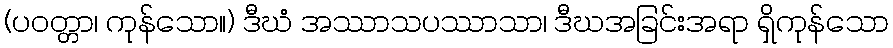
(ပဝတ္တာ၊ ကုန်သော။) ဒီဃံ အဿာသပဿာသာ၊ ဒီဃအခြင်းအရာ ရှိကုန်သော